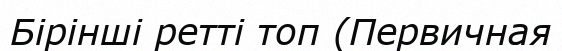
Бірінші ретті топ (Первичная